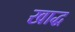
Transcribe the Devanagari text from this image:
खाद्ध